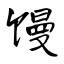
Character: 馒